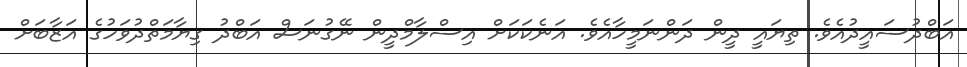
އަބްދުސައީދުއެވެ. ތިޔައީ ދީން ދަންނަމީހާއެވެ. އަނެކަކަށް އިސްލާމްދީން ނޭގުނަސް އަބްދު ގިޔާމަތްދުވަހުގެ އަޒާބަށް